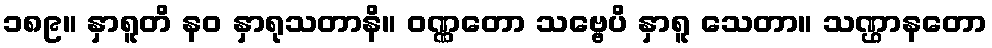
၁၈၉။ နှာရူတိ နဝ နှာရုသတာနိ။ ဝဏ္ဏတော သဗ္ဗေပိ နှာရူ သေတာ။ သဏ္ဌာနတော